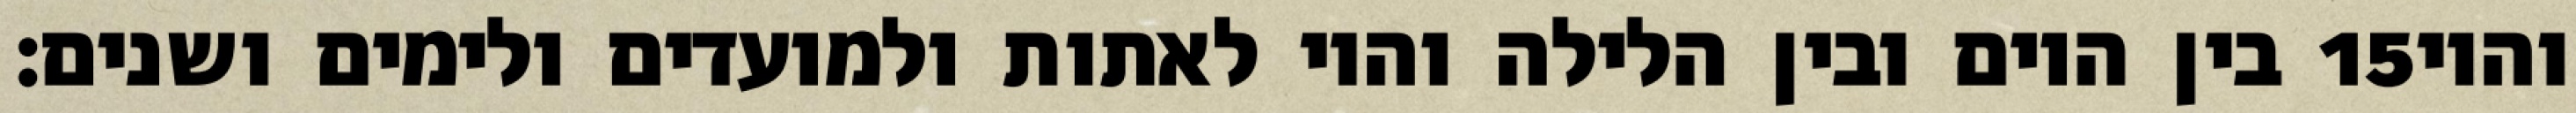
בין היום ובין הלילה והיו לאתות ולמועדים ולימים ושנים׃ ‎15‏ והיו